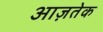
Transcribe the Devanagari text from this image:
आज़तेक